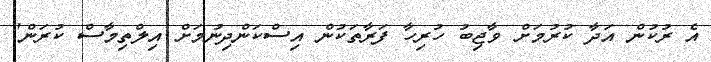
އެ ރުކުން އަދާ ކުރުމަށް ވާޖިބު ހުރިހާ ފަރާތަކުން އިސްކަންދިނުމަށް އިލްތިމާސް ކުރަން"